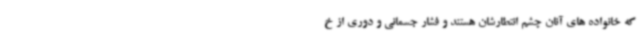
که خانواده های آنان چشم انتطارشان هستند و فشار جسمانی و دوری از خ